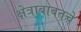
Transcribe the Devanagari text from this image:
क्षेत्राबाबतचे